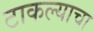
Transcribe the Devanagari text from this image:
टाकल्याचा